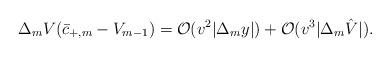
LaTeX: \begin{align*} \Delta_mV(\bar{c}_{+,m}-V_{m-1})=\mathcal{O}(v^2|\Delta_my|)+\mathcal{O}(v^3|\Delta_m\hat{V}|).\end{align*}